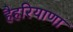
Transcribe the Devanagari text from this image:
हैहरियाणा